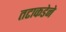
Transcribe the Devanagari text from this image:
तटाकडेने